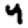
Digit: 4